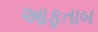
આફતાબ